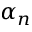
\alpha _ { n }